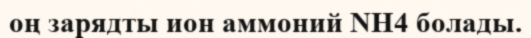
оң зарядты ион аммоний NH4 болады.